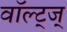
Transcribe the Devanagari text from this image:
वॉल्ट्ज्